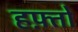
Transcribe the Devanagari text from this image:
हफ़्तो